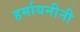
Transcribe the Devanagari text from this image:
हर्मायनीनी